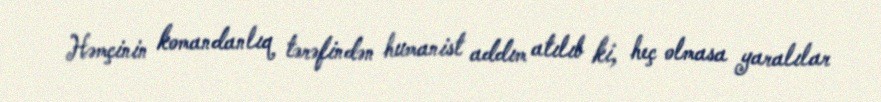
Həmçinin komandanlıq tərəfindən humanist addım atılıb ki, heç olmasa yaralılar